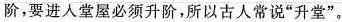
阶，要进人堂屋必须升阶，所以古人常说”升堂”。